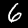
Digit: 6